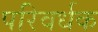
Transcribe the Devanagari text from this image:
परिवर्धक